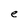
Character: e